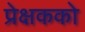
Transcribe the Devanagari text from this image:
प्रेक्षकको